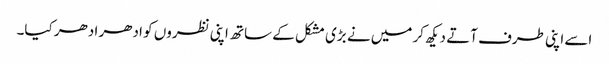
اسے اپنی طرف آتے دیکھ کر میں نے بڑی مشکل کے ساتھ اپنی نظروں کو ادھر ادھر کیا۔